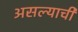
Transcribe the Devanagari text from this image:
असल्याचीं